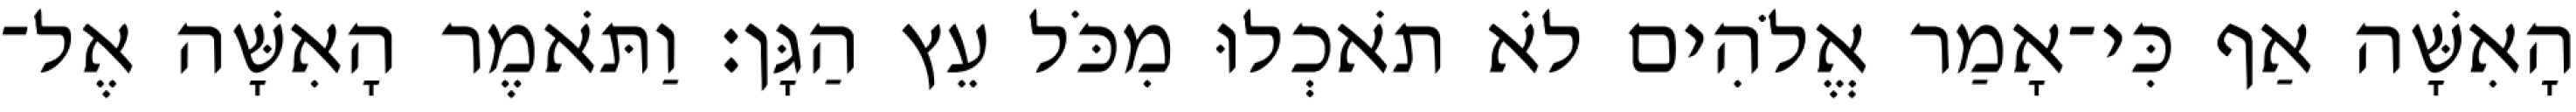
הָאִשָּׁה אַף כִּי־אָמַר אֱלֹהִים לֹא תֹאכְלוּ מִכֹּל עֵץ הַגָּן׃ וַתֹּאמֶר הָאִשָּׁה אֶל־